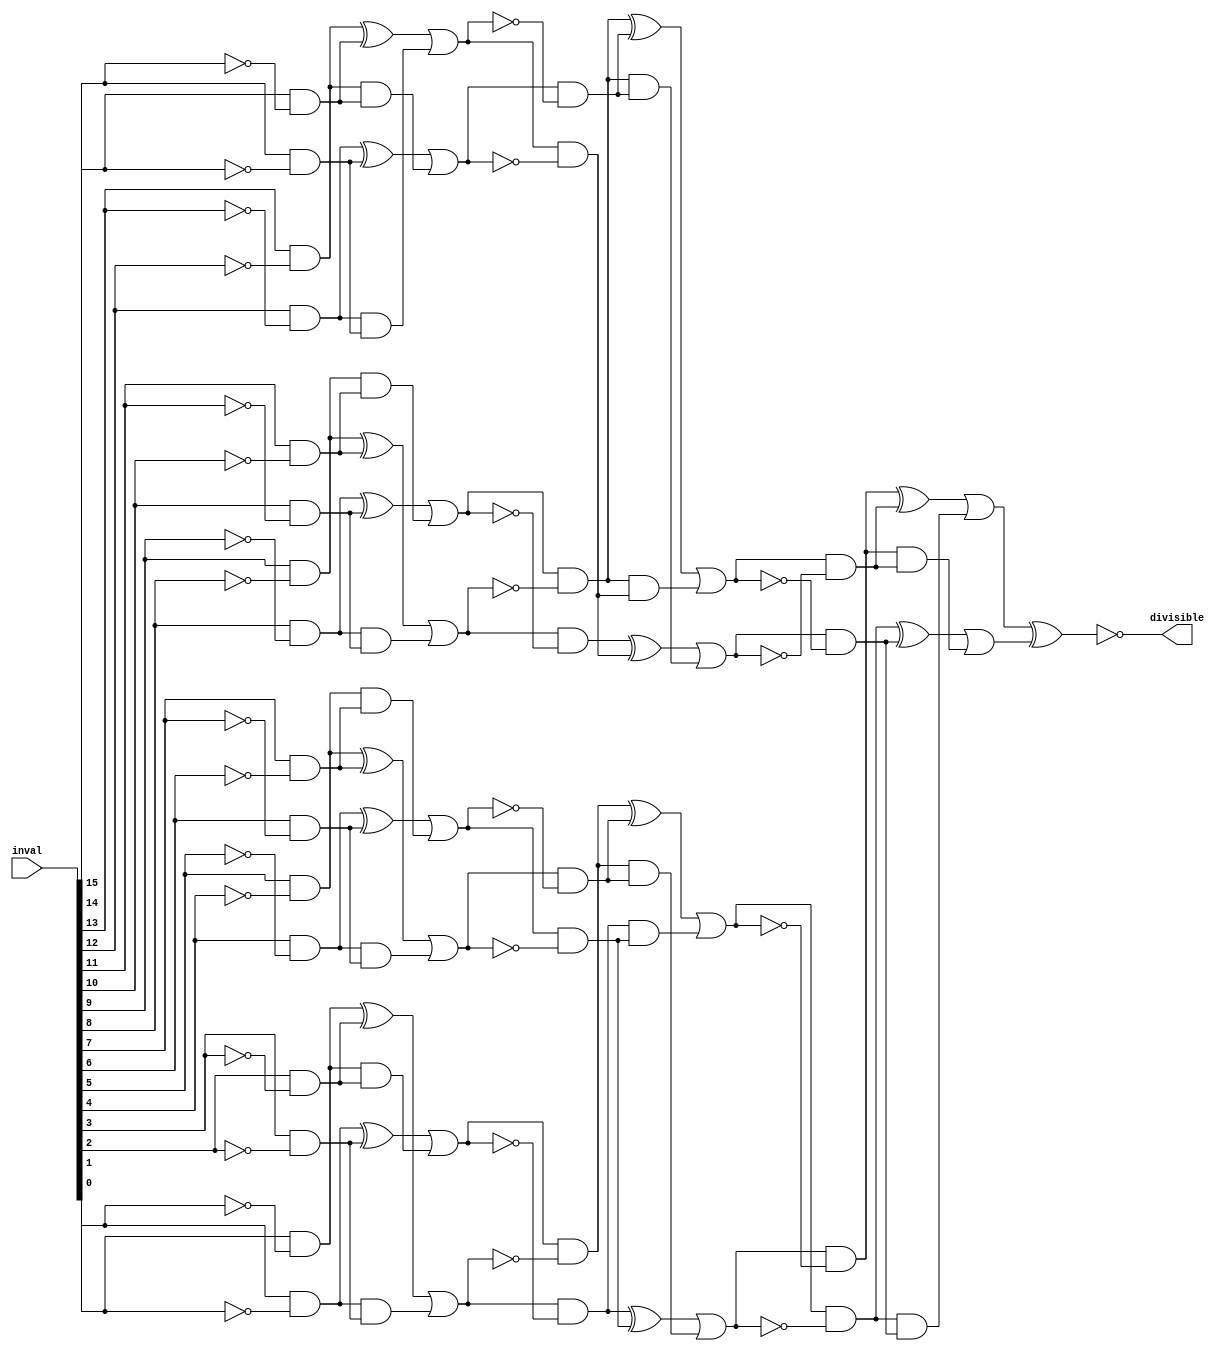
/*
 * Combinational Circuit for lab 0, part 2
 */

module comb_circuit(
	input [15:0] inval,
	output divisible
);

/* For storage purposes */
	reg temp0 [15:0];
	reg temp1 [7:0];
	reg temp2 [7:0];
	reg temp3 [3:0];
	reg temp4 [3:0];
	reg temp5 [1:0];
	reg temp;

	always @(*) begin
		/* First Level */
		temp0[15] = inval[15] & (~inval[14]);
		temp0[14] = inval[14] & (~inval[15]);

		temp0[13] = inval[13] & (~inval[12]);
		temp0[12] = inval[12] & (~inval[13]);

		temp0[11] = inval[11] & (~inval[10]);
		temp0[10] = inval[10] & (~inval[11]);

		temp0[9] = inval[9] & (~inval[8]);
		temp0[8] = inval[8] & (~inval[9]);

		temp0[7] = inval[7] & (~inval[6]);
		temp0[6] = inval[6] & (~inval[7]);

		temp0[5] = inval[5] & (~inval[4]);
		temp0[4] = inval[4] & (~inval[5]);

		temp0[3] = inval[3] & (~inval[2]);
		temp0[2] = inval[2] & (~inval[3]);

		temp0[1] = inval[1] & (~inval[0]);
		temp0[0] = inval[0] & (~inval[1]);

		/* Second Level */
		temp1[7] = (temp0[13] ^ temp0[15]) | (temp0[12] & temp0[14]);
		temp1[6] = (temp0[12] ^ temp0[14]) | (temp0[13] & temp0[15]);

		temp1[5] = (temp0[9] ^ temp0[11]) | (temp0[8] & temp0[10]);
		temp1[4] = (temp0[8] ^ temp0[10]) | (temp0[9] & temp0[11]);

		temp1[3] = (temp0[5] ^ temp0[7]) | (temp0[4] & temp0[6]);
		temp1[2] = (temp0[4] ^ temp0[6]) | (temp0[5] & temp0[7]);

		temp1[1] = (temp0[1] ^ temp0[3]) | (temp0[0] & temp0[2]);
		temp1[0] = (temp0[0] ^ temp0[2]) | (temp0[1] & temp0[3]);

		/* Third Level */
		temp2[7] = temp1[7] & (~temp1[6]);
		temp2[6] = temp1[6] & (~temp1[7]);

		temp2[5] = temp1[5] & (~temp1[4]);
		temp2[4] = temp1[4] & (~temp1[5]);

		temp2[3] = temp1[3] & (~temp1[2]);
		temp2[2] = temp1[2] & (~temp1[3]);

		temp2[1] = temp1[1] & (~temp1[0]);
		temp2[0] = temp1[0] & (~temp1[1]);

		/* Fourt Level */
		temp3[3] = (temp2[5] ^ temp2[7]) | (temp2[4] & temp2[6]); 
		temp3[2] = (temp2[4] ^ temp2[6]) | (temp2[4] & temp2[7]); 

		temp3[1] = (temp2[1] ^ temp2[3]) | (temp2[0] & temp2[2]); 
		temp3[0] = (temp2[0] ^ temp2[2]) | (temp2[1] & temp2[3]); 

		/* Fifth Level */
		temp4[3] = temp3[3] & (~temp3[2]);
		temp4[2] = temp3[2] & (~temp3[3]);

		temp4[1] = temp3[1] & (~temp3[0]);
		temp4[0] = temp3[0] & (~temp3[1]);

		/* Sixth level */
		temp5[1] = (temp4[1] ^ temp4[3]) | (temp4[0] & temp4[2]);
		temp5[0] = (temp4[0] ^ temp4[2]) | (temp4[1] & temp4[3]);

		/* Final value */
		temp = ~(temp5[0] ^ temp5[1]);
	end

	assign divisible = temp;

endmodule